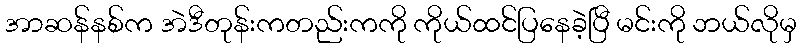
အာဆန်နစ်က အဲဒီတုန်းကတည်းကကို ကိုယ်ထင်ပြနေခဲ့ပြီ မင်းကို ဘယ်လိုမှ